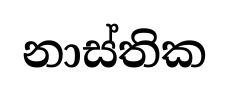
නාස්තික